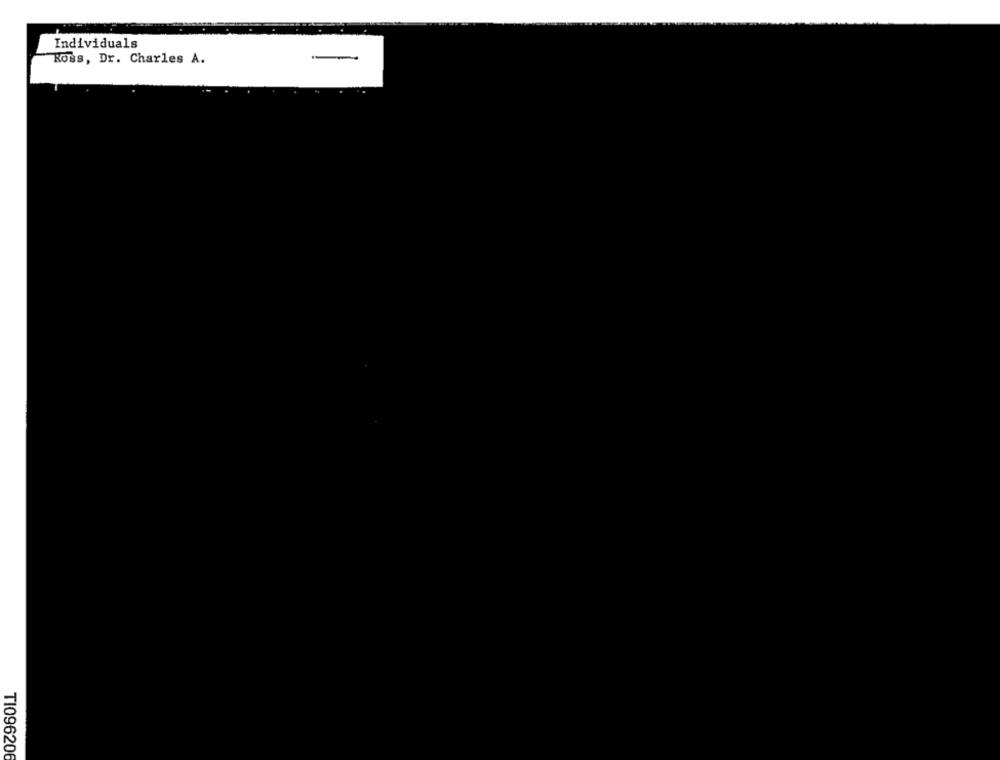
Individuals
Ross, Dr. Charles A.
-
T1096206